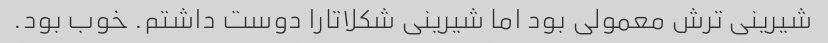
شیرینی ترش معمولی بود اما شیرینی شکلاتارا دوست داشتم. خوب بود.